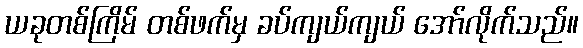
ယခုတစ်ကြိမ် တစ်ဖက်မှ ခပ်ကျယ်ကျယ် အော်လိုက်သည်။